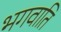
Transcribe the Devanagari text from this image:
भगवाति